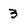
Character: 3